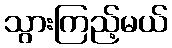
သွားကြည့်မယ်